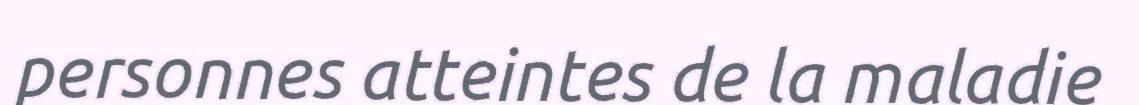
personnes atteintes de la maladie